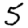
Digit: 5